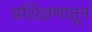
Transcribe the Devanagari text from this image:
प्रशिक्षणातून